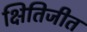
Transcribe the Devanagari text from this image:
क्षितिजीत